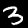
Digit: 3